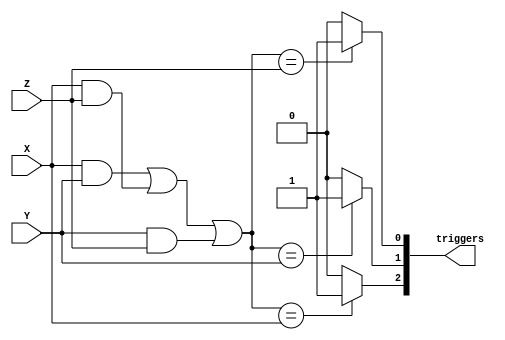
`timescale 1ns / 1ps



module Maj_logic(
    input X,
    input Y,
    input Z,
    output reg [0:2]triggers
    );
    
wire maj_logic;
assign maj_logic = (X&Y) | (X&Z) | (Y&Z);
    always @(X,Y,Z)
    begin
        if(maj_logic == X)
            triggers[0] <= 1'b1;
        else 
            triggers[0] <= 1'b0;
        if(maj_logic == Y)
            triggers[1] <= 1'b1;
        else
            triggers[1] <= 1'b0;
        if(maj_logic == Z)
            triggers[2] <= 1'b1;
        else
            triggers[2] <= 1'b0;
    end
endmodule